system: You are a helpful assistant.
user:
Analyze the provided spectrum to determine if it is a **Carbon Star (C-type)**.

- **Key Visual Indicators of Carbon Star:**
    - **(Primary):** Strong molecular absorption from **C₂ (diatomic carbon) "Swan Bands."** This is the **defining feature** of a carbon star.
        - **(Key Bandheads):** Sharp absorption edges are visible at approximately $5635$ Å, $5165$ Å (the strongest band), and $4737$ Å.
        - **(Line Profile):** Creates a distinct **"saw-tooth"** pattern. The key morphology is a sharp, steep bandhead on the **red (long-wavelength) side**, which then gradually tapers off (i.e., flux recovers) towards the **blue (short-wavelength) side**. *(This is the direct opposite of the TiO bands seen in M-type stars)*.

    - **(Secondary):** Intense **CN (cyanogen)** molecular absorption bands.
        - **(Key Bandheads):** Located in the blue and violet regions of the spectrum (e.g., near $4215$ Å and $3883$ Å).
        - **(Morphology):** These bands are extremely broad and act as a "blanket," absorbing the vast majority of blue and violet light. This creates a characteristic **"cliff"** or **"steep drop-off"** in the spectrum's flux at short wavelengths.

    - **(Key Confirmation):** Strong **CH absorption band (G-band)**.
        - **(Key Bandhead):** Located around $4300$ Å. The contribution from CH molecules to this band is exceptionally strong.

    - **(Overall Spectrum):**
        - The continuum is severely "chopped up" by these deep molecular bands, especially C₂, rather than appearing as a smooth curve.
        - Due to the heavy CN and C₂ absorption in the blue-green, the vast majority of the star's flux is concentrated in the red part of the spectrum, giving the star its characteristic deep red color.

Think first, call **spectral_visualization_tool** if needed to examine features in detail, then provide your final answer. Your response must adhere to the following strict rules:
1.  **Overall Structure:** Your response must follow the format `<think>...</think> <tool_call>...</tool_call> (if a tool is used) <answer>...</answer>`.
2.  **Tool Usage Constraint:** You may only make **one** tool call per turn.
3.  **Final Answer Format:** In the `<answer>` tag, your conclusion must be inside a `\boxed{}` command (e.g., `\boxed{YES}`), followed by your justification.

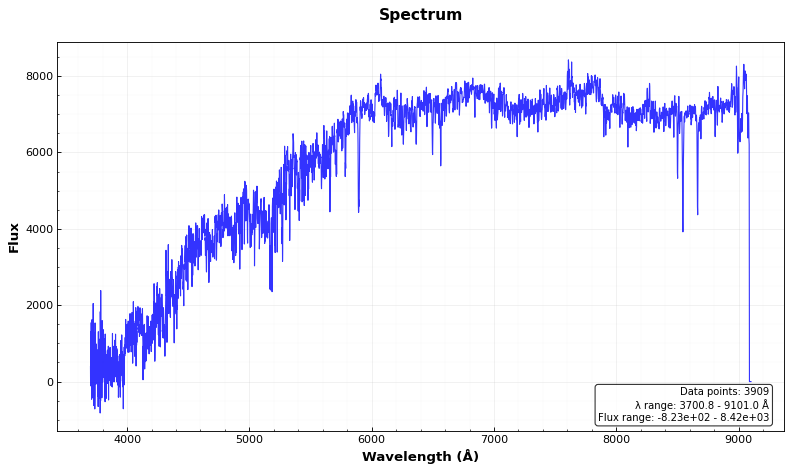
Answer: NO